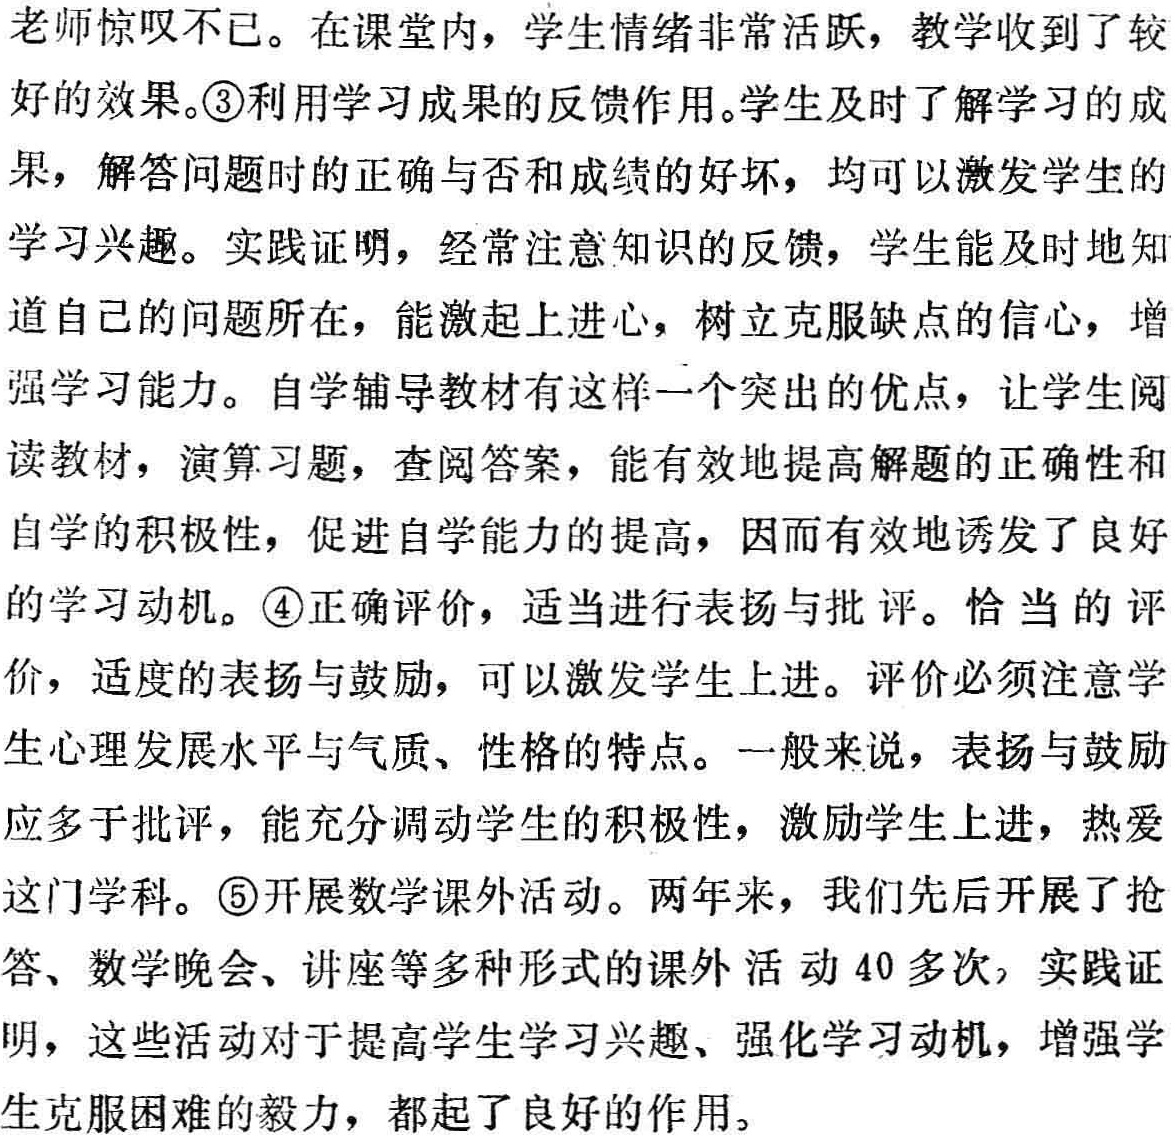
老师惊叹不已。在课堂内，学生情绪非常活跃，教学收到了较

好的效果。\textcircled{3}利用学习成果的反馈作用。学生及时了解学习的成

果，解答问题时的正确与否和成绩的好坏，均可以激发学生的

学习兴趣。实践证明，经常注意知识的反馈，学生能及时地知

道自己的问题所在，能激起上进心，树立克服缺点的信心，增

强学习能力。自学辅导教材有这样一个突出的优点，让学生阅

读教材，演算习题，查阅答案，能有效地提高解题的正确性和

自学的积极性，促进自学能力的提高，因而有效地诱发了良好

的学习动机。\textcircled{4}正确评价，适当进行表扬与批评。恰当的评

价，适度的表扬与鼓励，可以激发学生上进。评价必须注意学

生心理发展水平与气质、性格的特点。一般来说，表扬与鼓励

应多于批评，能充分调动学生的积极性，激励学生上进，热爱

这门学科。\textcircled{5}开展数学课外活动。两年来，我们先后开展了抢

答、数学晚会、讲座等多种形式的课外活动40多次，实践证

明，这些活动对于提高学生学习兴趣、强化学习动机，增强学

生克服困难的毅力，都起了良好的作用。